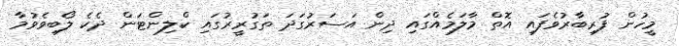
މީހުން ފުރިބާރުވެފައި އޮތް މާލަމެއްގައި ދިން އަސަރުގަދަ ތަގުރީރުގައި ކްލިންޓަން ދެކެ ލޯބިވެވުމާ